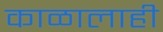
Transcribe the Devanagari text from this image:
काळालाही